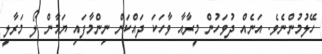
ހޭލުމުންނެވެ. އަނެއް ދުވަހުން މީރާއާ ވާހަކަ ދައްކަން ނިންމާފައި ޔަމާން ލޯ މަރާލީ